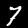
Label: 7